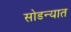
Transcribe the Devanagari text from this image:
सोडन्यात